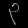
Digit: ၃